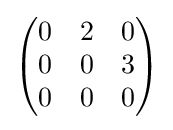
{\begin{pmatrix}0&2&0\\0&0&3\\0&0&0\end{pmatrix}}